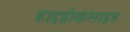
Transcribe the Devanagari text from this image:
हाइड्रोकसाइड